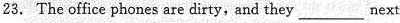
23. The office phones are dirty, and they___next